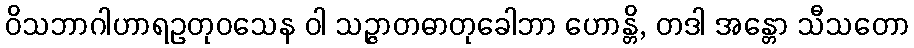
ဝိသဘာဂါဟာရဥတုဝသေန ဝါ သဉ္ဇာတဓာတုခေါဘာ ဟောန္တိ, တဒါ အန္တော သီသတော